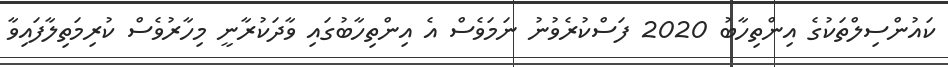
ކައުންސިލްތަކުގެ އިންތިހާބު 2020 ފަސްކުރެވުނު ނަމަވެސް އެ އިންތިހާބުގައި ވާދަކުރާނީ މިހާރުވެސް ކުރިމަތިލާފައިވާ